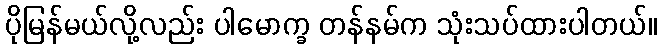
ပိုမြန်မယ်လို့လည်း ပါမောက္ခ တန်နမ်က သုံးသပ်ထားပါတယ်။